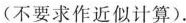
(不要求作近似计算).